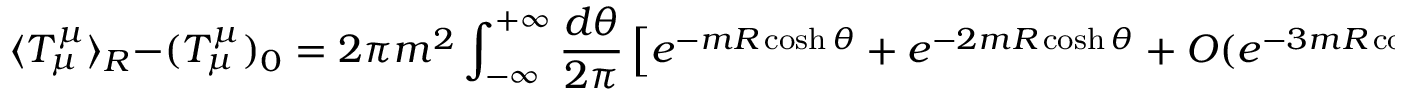
\langle T _ { \mu } ^ { \mu } \rangle _ { R } - ( T _ { \mu } ^ { \mu } ) _ { 0 } = 2 \pi m ^ { 2 } \int _ { - \infty } ^ { + \infty } \frac { d \theta } { 2 \pi } \left[ e ^ { - m R \cosh \theta } + e ^ { - 2 m R \cosh \theta } + { \cal O } ( e ^ { - 3 m R \cosh \theta } ) \right] \, \, \, .